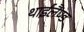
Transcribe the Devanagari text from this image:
थाईलैंण्ड